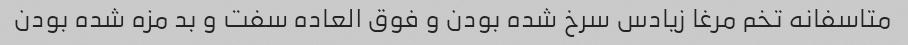
متاسفانه تخم مرغا زیادس سرخ شده بودن و فوق العاده سفت و بد مزه شده بودن